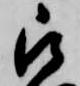
被